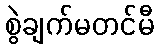
စွဲချက်မတင်မီ